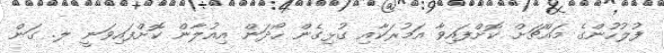
ފުލުހުންގެ މައްޗަށް ކޮށްފައިވާ އަމުރަކާއި ގުޅިގެން ހޯދަން އިއުލާން ކޮށްފައިވަނީ ލ. ގަން